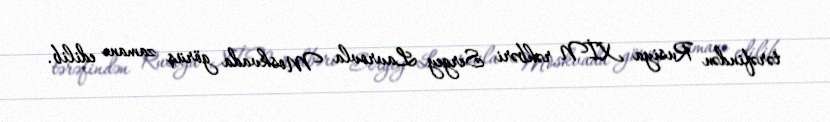
tərəfindən Rusiya XİN rəhbəri Sergey Lavrovla Moskvada görüş zamanı edilib.